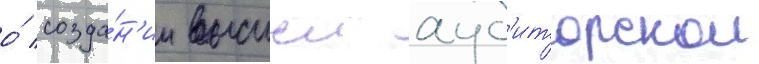
о́ созда́н'ии высшеи ауд'иторскои